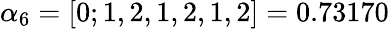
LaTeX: \alpha_{6}=[0;1,2,1,2,1,2]=0.73170